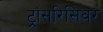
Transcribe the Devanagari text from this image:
ट्रांसरिसिवर